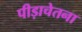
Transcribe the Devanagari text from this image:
पीड़ाचेतना